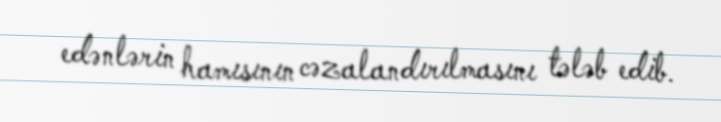
edənlərin hamısının cəzalandırılmasını tələb edib.